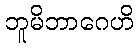
ဘူမိဘာဂေဟိ